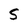
Character: S